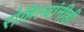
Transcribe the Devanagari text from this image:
रोहिल्यांनीही